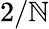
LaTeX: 2/\mathbb{N}